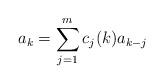
LaTeX: \begin{align*} a_k = \sum_{j = 1}^m c_j(k) a_{k-j}\end{align*}